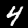
Digit: 4